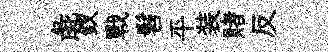
彘釵戰髫平装賭反